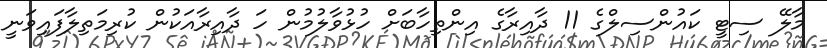
މާލޭ ސިޓީ ކައުންސިލްގެ 11 ދާއިރާގެ އިންތިހާބަށް ހުޅުވާލުމުން ހަ ދާއިރާއަކުން ކުރިމަތިލާފައިވަނީ